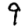
Digit: 9